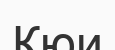
Кюи